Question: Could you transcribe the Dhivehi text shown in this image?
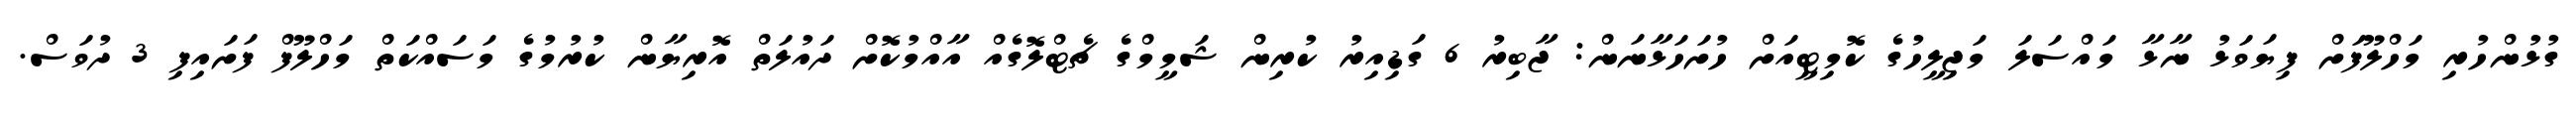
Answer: ގުޅުންހުރި މަހްލޫފަށް ފިޔަވަޅު ނާޅާ މައްސަލަ މަޖިލީހުގެ ކޮމިޓީއަށް ހުށަހަޅާނަން: ޖާބިރު 6 ގަޑިއިރު ކުރިން ޝަމީމްގެ ޗެޓްލޮގެއް އާއްމުކޮށް ދައުލަތް އޮރިޔާން ކުރުމުގެ މަސައްކަތް މަހްލޫފް ފަށައިފި 3 ދުވަސް.